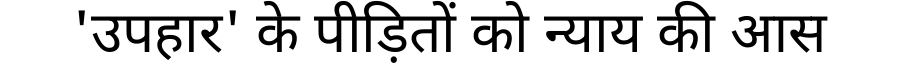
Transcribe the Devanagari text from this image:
'उपहार' के पीड़ितों को न्याय की आस